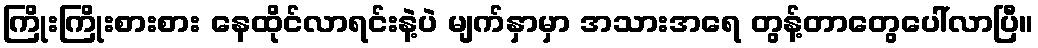
ကြိုးကြိုးစားစား နေထိုင်လာရင်းနဲ့ပဲ မျက်နှာမှာ အသားအရေ တွန့်တာတွေပေါ်လာပြီ။